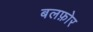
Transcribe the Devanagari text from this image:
बलफ़ोर